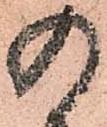
の